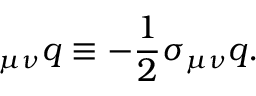
{ \bf \Sigma } _ { \mu \nu } q \equiv - \frac 1 2 \sigma _ { \mu \nu } q .